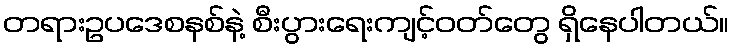
တရားဥပဒေစနစ်နဲ့ စီးပွားရေးကျင့်ဝတ်တွေ ရှိနေပါတယ်။